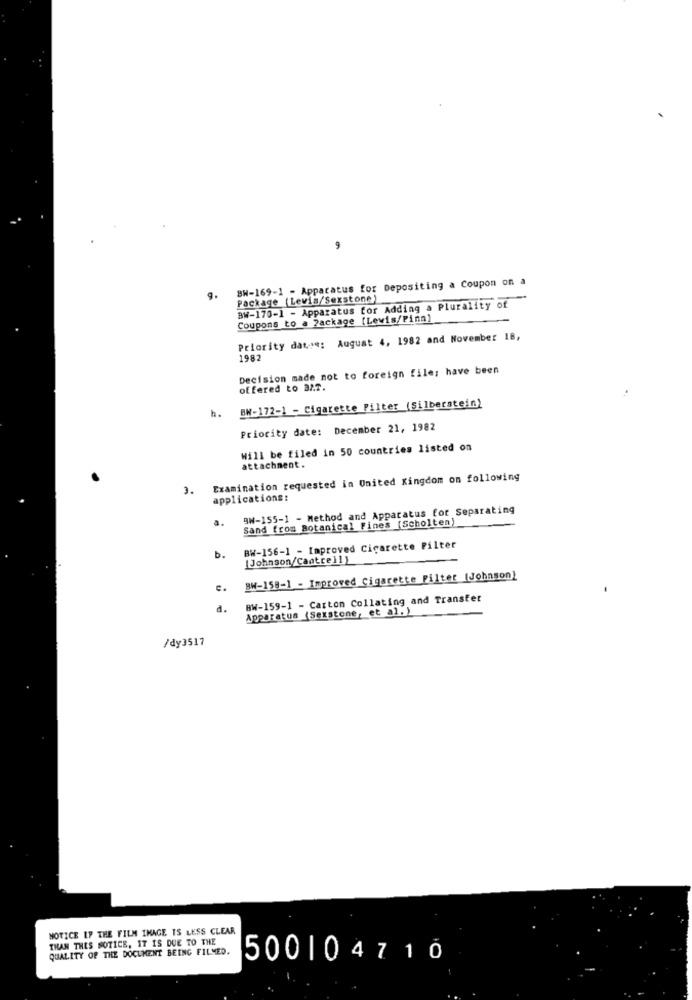
,
BW-169-1 - Apparatus for Depositing a Coupon on a
9.
Package (Levis/Sexstone)
BW-170-1 - Apparatus for Adding a Plurality of
Coupons to a Package [Lewis/Pinn)
Priority date: August 4, 1982 and November 18,
1982
Decision made not to foreign file; have been
offered to 32.7.
h.
BN-172-1 - Cigarette Filter (Silberstein)
Priority date: December 21, 1982
Will be filed in 50 countries listed on
attachment.
Examination requested in United Kingdom on following
3.
applications:
BW-155-1 - Method and Apparatus for Separating
a.
Sand from Botanical Fines [Scholten)
BW-156-1 - Improved Cigarette Pilter
b.
[Johnson/Cantrell )
BW-158-1 - Improved Cigarette Filter [Johnson)
€ .
BW-159-1 - Carton Collating and Transfer
d.
Apparatus (Sexstone, et al. )
/dy3517
NOTICE UP THE FILM IMAGE IS LESS CLEAR
THAN THIS NOTICE, IT IS DUE TO THE
QUALITY OF THE DOCUMENT BEING FILMED.
500104710